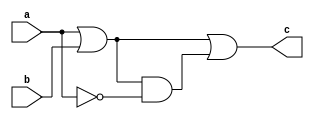

module some_logic (
   input a,
   input b,
   output c
   );
  
   // Declare internal nets
   wire a_not;
   wire a_or_b;
  
   // The order of the assignments in NOT important
   assign c = a_or_b | (a_or_b & a_not);
   assign a_not = ~a;
   assign a_or_b = a | b;
  
endmodule


`timescale 1us/1ns
module tb_logic(
    // no inputs here ;)
    );
	
    reg a;
    reg b;
    wire c;
	
    // Instantiate the DUT
    some_logic LOGIC(
       .a(a),
       .b(b),
       .c(c)
    );

    // Toggle a and b
    initial begin
        $monitor(" a = %b, b = %b, c = %b",a ,b ,c);
        #1; a = 0; b = 0;
        #1; a = 1; b = 0;
        #1; a = 0; b = 1;
        #1; a = 1; b = 1;
        #1;
    end
  
endmodule